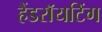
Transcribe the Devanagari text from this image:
हैंडराॅयटिंग